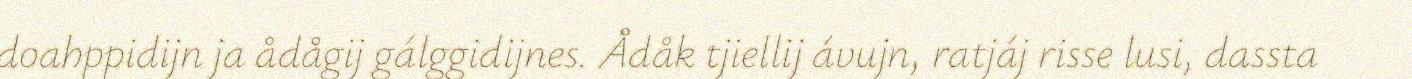
doahppidijn ja ådågij gálggidijnes. Ådåk tjiellij ávujn, ratjáj risse lusi, dassta